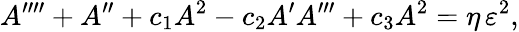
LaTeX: A^{\prime\prime\prime\prime}+A^{\prime\prime}+{c}_{1}A^{2}-{c}_{2}A^{\prime}A^{\prime\prime\prime}+{c}_{3}A^{2}=\eta\, \varepsilon^{2},